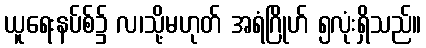
ယူရေးနပ်စ်၌ လ၊သို့မဟုတ် အရံဂြိုဟ် ၅လုံးရှိသည်။